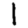
Digit: 1